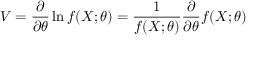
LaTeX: V = { \frac { \partial } { \partial \theta } } \ln f ( X ; \theta ) = { \frac { 1 } { f ( X ; \theta ) } } { \frac { \partial } { \partial \theta } } f ( X ; \theta )